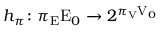
h _ { \pi } \colon \pi _ { \mathrm { E } } \mathrm { E } _ { 0 } \rightarrow 2 ^ { \pi _ { \mathrm { V } } \mathrm { V } _ { 0 } }